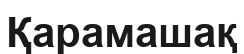
Қарамашақ